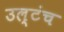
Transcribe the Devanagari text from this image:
उल्टंच